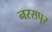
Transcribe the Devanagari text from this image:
नरसपूर